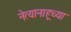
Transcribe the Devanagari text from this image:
नेत्यानाहूच्या